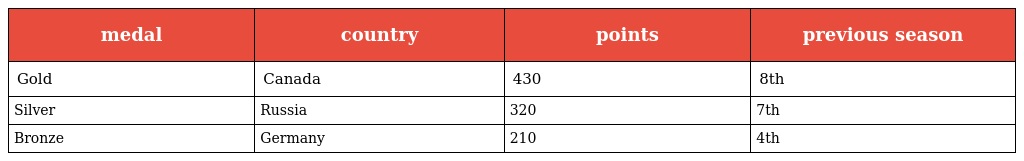
| medal | country | points | previous season |
 | --- | --- | --- | --- |
 | Gold | Canada | 430 | 8th |
 | Silver | Russia | 320 | 7th |
 | Bronze | Germany | 210 | 4th |